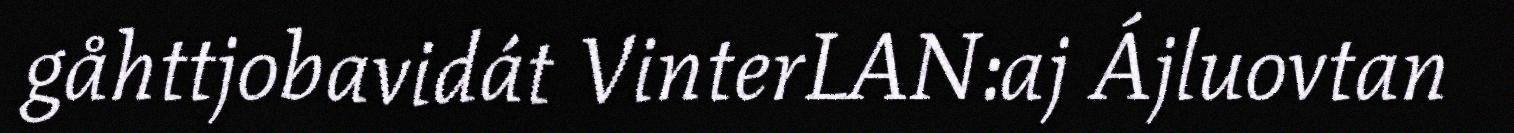
gåhttjobavidát VinterLAN:aj Ájluovtan